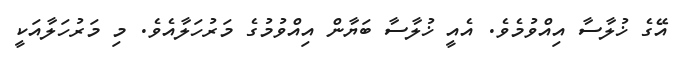
އޭގެ ޚުލާސާ އިއްވުމެވެ. އެއީ ޚުލާސާ ބަޔާން އިއްވުމުގެ މަރުހަލާއެވެ. މި މަރުހަލާއަކީ